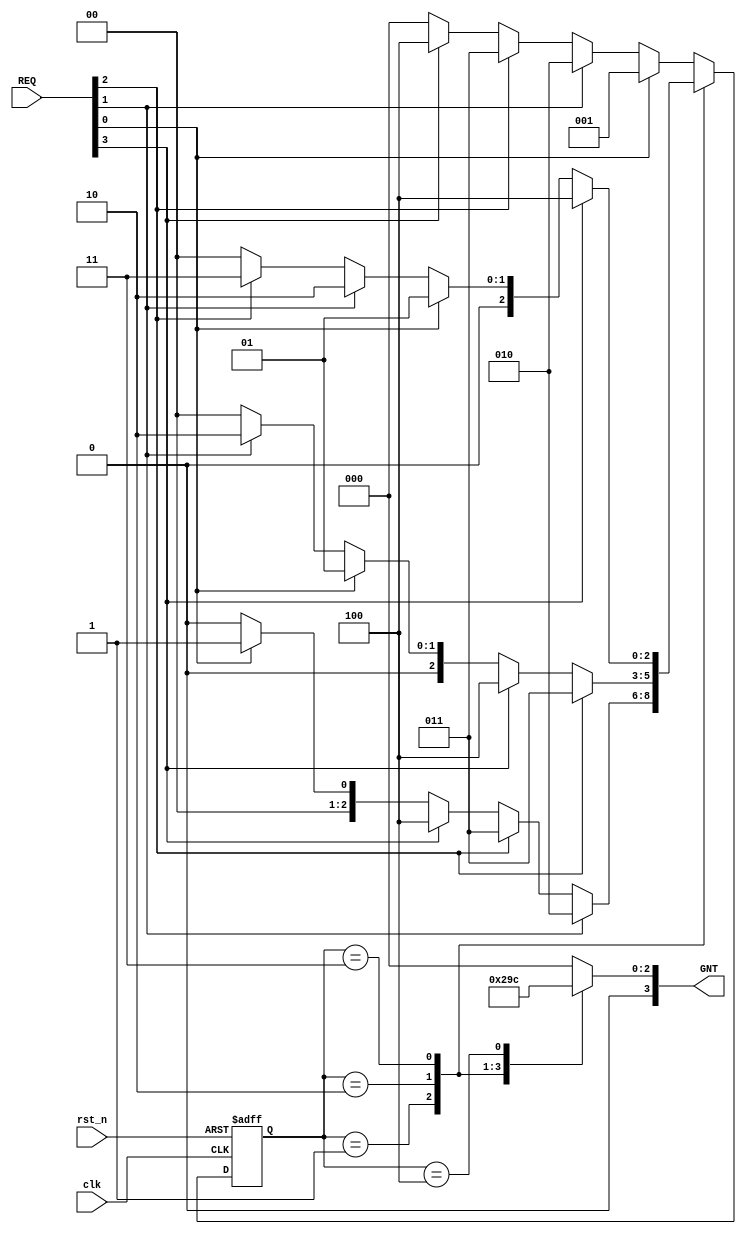
`timescale 1ns / 1ps

module roundrobin_arbiter(
input clk,rst_n,
input [3:0] REQ,
output reg [3:0] GNT
    );
    reg[2:0] pr_state;
    reg[2:0] nxt_state;
    
    parameter [2:0] Sideal = 3'b000;
    parameter [2:0]     S0 = 3'b001;
    parameter [2:0]     S1 = 3'b010;
    parameter [2:0]     S2 = 3'b011;
    parameter [2:0]     S3 = 3'b100;
    
    always @(posedge clk or negedge rst_n)
    
    begin
    if(!rst_n)
     pr_state <= Sideal;
     else 
      pr_state <=nxt_state;
     end
      
    always@(*)
    begin   
          case(pr_state) 
            Sideal:
                     begin 
                         if(REQ[0])
                             nxt_state = S0;
                         else if (REQ[1])
                              nxt_state = S1;
                         else if (REQ[2])
                            nxt_state = S2;
                         else if (REQ[3])
                            nxt_state = S3;
                          else 
                             nxt_state =Sideal;
                     end 
               S0: 
                     begin   
                         if (REQ[1])
                            nxt_state = S1;
                         else if (REQ[2])
                            nxt_state = S2;
                         else if (REQ[3])
                              nxt_state = S3;
                         else if(REQ[0])
                             nxt_state =S0;
                         else 
                             nxt_state =Sideal;
                     end 
            
               S1: 
                     begin   
                          if (REQ[2])
                            nxt_state = S2;
                         else if (REQ[3])
                              nxt_state = S3;
                         else if(REQ[0])
                             nxt_state =S0;
                           else if (REQ[1])
                            nxt_state = S1;
                            else 
                             nxt_state =Sideal;
                     end 
               S2: 
                     begin   
                        if (REQ[3])
                              nxt_state = S3;
                         else if(REQ[0])
                             nxt_state =S0;
                           else if (REQ[1])
                            nxt_state = S1;
                            else if (REQ[2])
                            nxt_state = S2;
                            else 
                             nxt_state =Sideal;
                     end 
                 S3: 
                     begin   
                            if(REQ[0])
                             nxt_state =S0;
                           else if (REQ[1])
                            nxt_state = S1;
                            else if (REQ[2])
                            nxt_state = S2;
                            else if (REQ[3])
                              nxt_state = S3;
                            else 
                             nxt_state =Sideal;
                     end 
                    default: 
                     begin 
                         if(REQ[0])
                             nxt_state = S0;
                         else if (REQ[1])
                              nxt_state = S1;
                         else if (REQ[2])
                            nxt_state = S2;
                         else if (REQ[3])
                            nxt_state = S3;
                          else 
                             nxt_state =Sideal;
                    end
       endcase         
         
 end         
          
    always @(*)
     begin
        case (pr_state)
        S0: GNT=4'b0001;
        S1: GNT=4'b0010;
        S2: GNT=4'b0011;
        S3: GNT=4'b0100;
        default: GNT=4'b0000;
        endcase
     end
    

    
endmodule